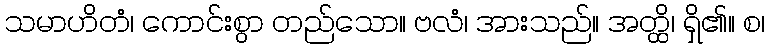
သမာဟိတံ၊ ကောင်းစွာ တည်သော။ ဗလံ၊ အားသည်။ အတ္ထိ၊ ရှိ၏။ စ၊